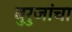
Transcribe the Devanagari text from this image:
बुरुजांचा